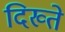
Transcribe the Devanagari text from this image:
दिख्ते